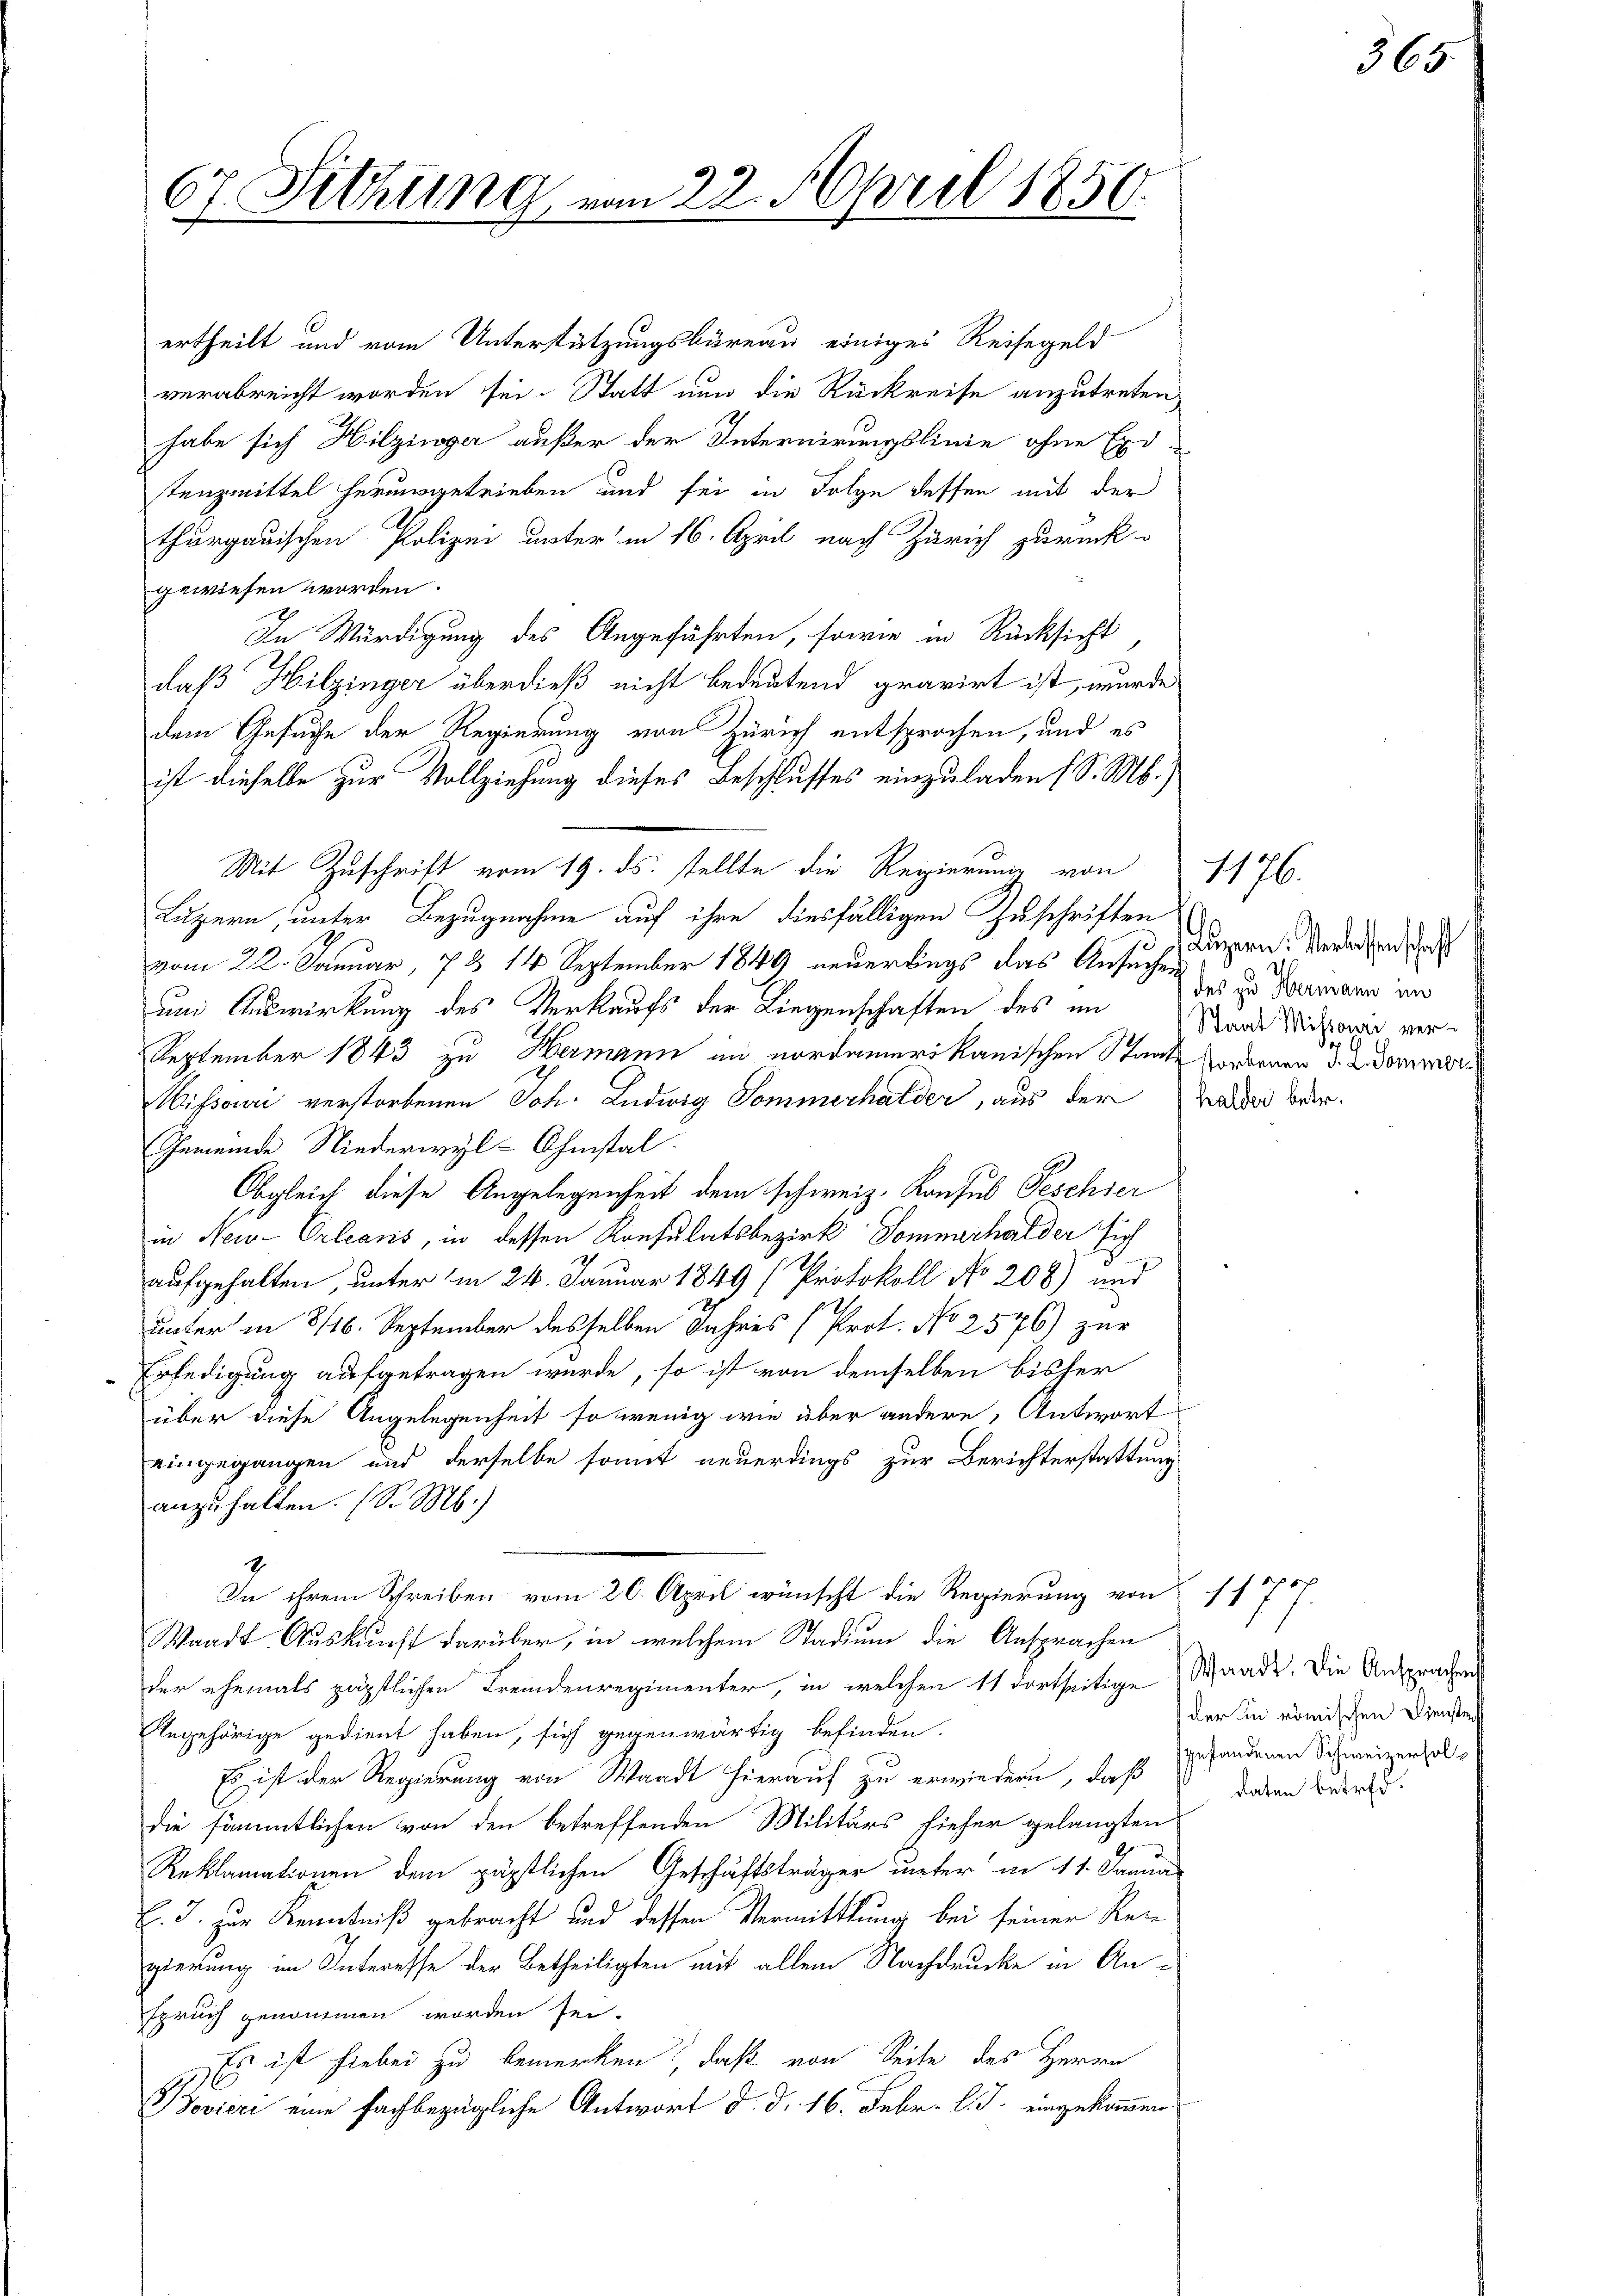
67. Sitzung

vom

Mit Zuschrift vom 19. ds. stellte die Regierung von

1
22. April 1850.

ertheilt und vom Unterstützungsbüreau einiges Reisegeld
verabreicht worden sei. Statt nun die Rückreise anzutreten
habe sich Hilziwger außer der Internirungslinie ohne Exi-
Tanzmittel herausgetrieben und sei in Folge dessen mit der
thurgauischen Polizei unter in 16. April nach Zürich zurück-
gewiesen worden.
In Würdigung des Angeführten, sowie in Rücksicht
daß Hilzinger überdieß nicht bedeutend gravirt ist, wurde
dem Gesuche der Regierung von Zürich entsprochen, und es
ist dieselbe zur Vollziehung dieses Beschlusses einzuladen (S. M.)
Luzern, unter Bezugnahme auf ihre diesfälligen Zuschriften
vom 22. Januar, 7 § 14 September 1849 neuerdings das Ansuches
und Auswirkung des Verkaufs der Liegenschaften des im
September 1843 zu Hermann in nordamerikanischen Staats Vordenen d. 2. Donner
issouri verstorbenen Joh. Ludwig Sommerhalder, aus der
Gemeinde Niederwyl-Ohmstal.
Obgleich diese Angelegenheit dem schweiz. Konsus Peschier
in New-Orleans, in dessen Konsulatsbezirk Sommerhalder sich
c
aufgehalten, unter im 24. Januar 1849 (Protokoll No 208) und
unter in 3/16. September desselben Jahres (Prot. No 2576) zur
Erledigung aufgetragen würde, so ist von demselben bisher
über diese Angelegenheit so wenig wie über andere Antwort
eingegangen und derselbe somit neuerdings zur Berichterstattung
anzuhalten. (S. M.)
7
In ihrem Schreiben vom 26. April wünscht die Regierung von 1 f 10
Waadt Auskunft darüber, in welchem Stadium die Ansprachen
der ehemals päpstlichen Fremdenregimenter, in welchen 11 dortseitige (Waadt. Die Ansprachen
Angehörige gedient haben, sich gegenwärtig befinden.
Es ist der Regierung von Waadt hierauf zu erwiedern, daß
die sämmtlichen von den betreffenden Militärs hieher gelangten
Reklamationen dem päpstlichen Geschäftsträger unter in 11. Januar
E. J. zur Kenntniß gebracht und dessen Vermittlung bei seiner Regierung im Interesse der Betheiligten mit allem Nachdrucke in Anspruch genommen worden sei.
Es ist hiebei zu bemerken, daß von Seite des Herrn
Bovieri eine fachbezügliche Antwort d. d. 16. Febr. l. J. eingekommen

Luzern: Verlassenschaft
des zu Hermann im
Staat Missouri verhalder betr.

1176.

der in römischen Dienstoff
fgestandenen Schweizerholdaten betref¬

365